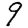
Digit: 9